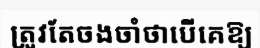
ត្រូវតែចងចាំថាបើគេឱ្យ